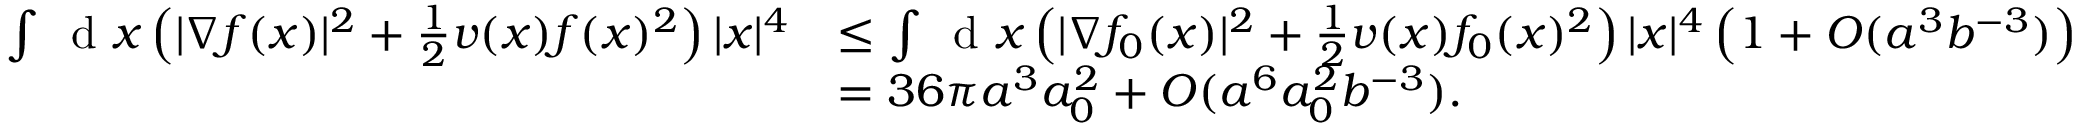
\begin{array} { r l } { \int \, \textnormal { d } x \left( | \nabla f ( x ) | ^ { 2 } + \frac { 1 } { 2 } v ( x ) f ( x ) ^ { 2 } \right) | x | ^ { 4 } } & { \leq \int \, \textnormal { d } x \left( | \nabla f _ { 0 } ( x ) | ^ { 2 } + \frac { 1 } { 2 } v ( x ) f _ { 0 } ( x ) ^ { 2 } \right) | x | ^ { 4 } \left( 1 + O ( a ^ { 3 } b ^ { - 3 } ) \right) } \\ & { = 3 6 \pi a ^ { 3 } a _ { 0 } ^ { 2 } + O ( a ^ { 6 } a _ { 0 } ^ { 2 } b ^ { - 3 } ) . } \end{array}